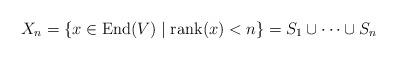
LaTeX: \begin{align*}X_n=\{ x\in \mathrm{End}(V) \mid \mathrm{rank}(x) < n\} = S_1 \cup\cdots\cup S_n\end{align*}